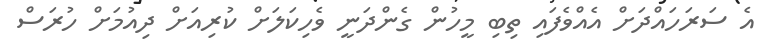
އެ ސަރަހައްދަށް އެއްވެފައި ތިބި މީހުން ގެންދަނީ ވެހިކަލަށް ކުރިއަށް ދިއުމަށް ހުރަސް